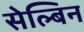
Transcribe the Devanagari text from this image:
सेल्बिन